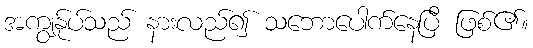
အကျွန်ုပ်သည် နားလည်၍ သဘောပေါက်နေပြီ ဖြစ်၏။